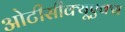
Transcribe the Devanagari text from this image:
ओटीसीक्यूएक्स